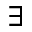
\exists